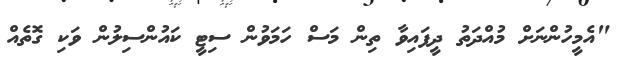
"އެމީހުންނަށް މުއްދަތު ދީފައިވާ ތިން މަސް ހަމަވުން ސިޓީ ކައުންސިލުން ވަކި ގޮތެއް